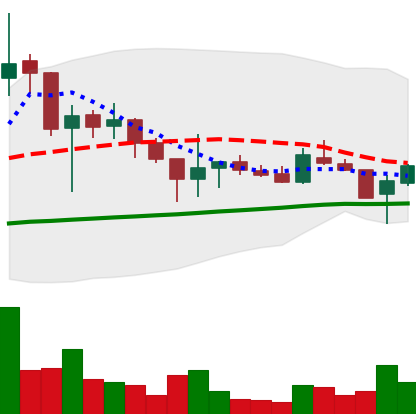
Ticker: LTC-USD
Chart end date: 2017-11-03
Forward return: 11.377%
Label: up_7plus